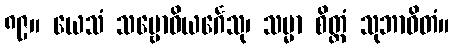
၈၉။ ယေသံ သမ္ဗောဓိယင်္ဂေသု၊ သမ္မာ စိတ္တံ သုဘာဝိတံ။